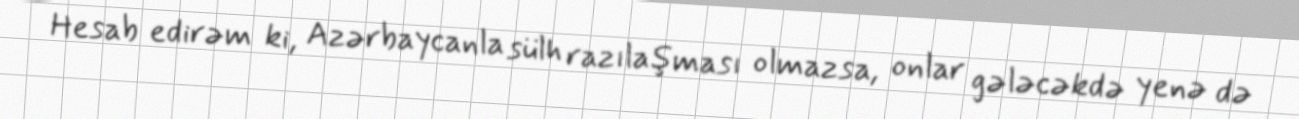
Hesab edirəm ki, Azərbaycanla sülh razılaşması olmazsa, onlar gələcəkdə yenə də